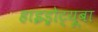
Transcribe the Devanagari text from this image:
हाइड्रोट्यूबा